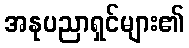
အနုပညာရှင်များ၏